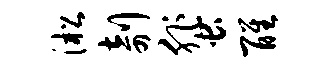
淞剞蜚醒